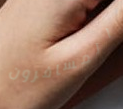
المسافرون